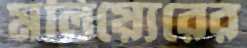
মলিয়্যেরের